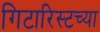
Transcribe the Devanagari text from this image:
गिटारिस्टच्या